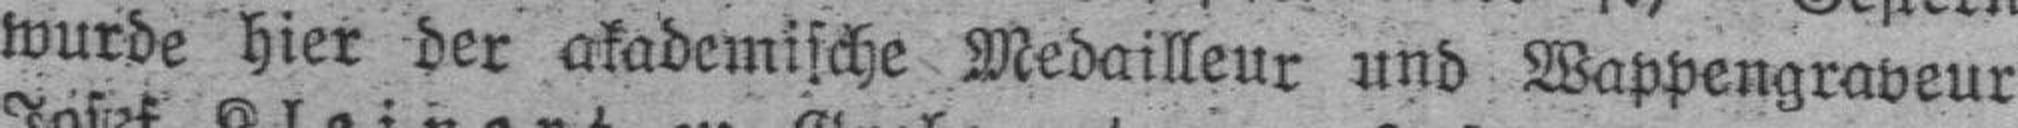
wurde hier der akademische Medailleur und Wappengraveur